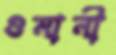
গুমানী